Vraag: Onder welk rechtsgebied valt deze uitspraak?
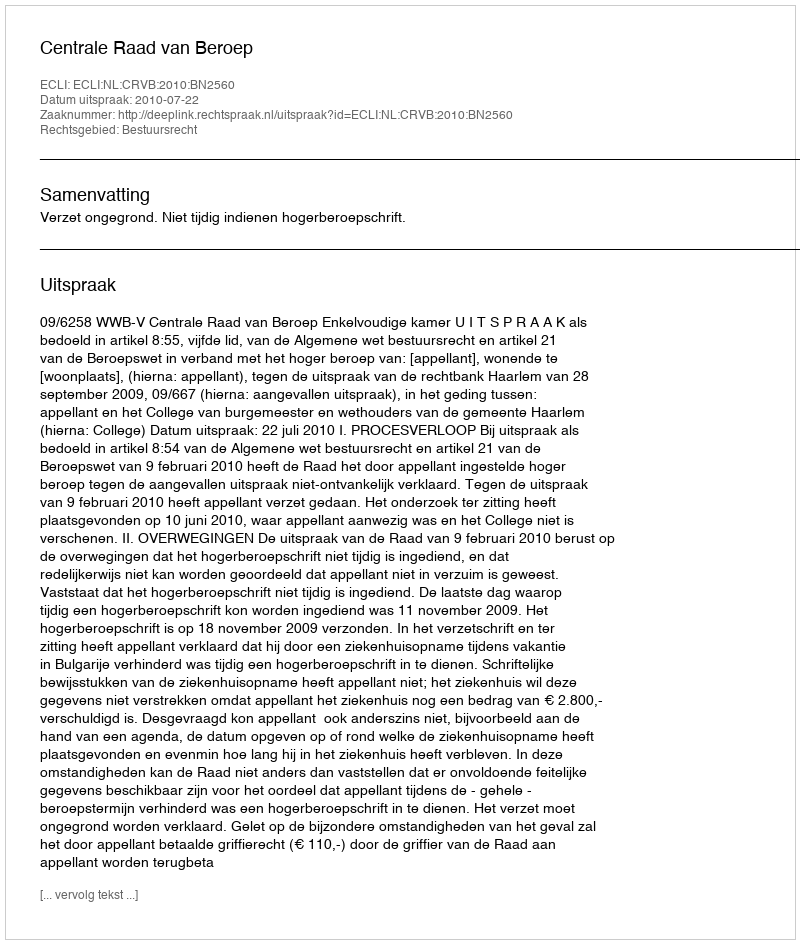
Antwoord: Bestuursrecht